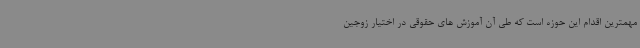
مهمترین اقدام این حوزه است که طی آن آموزش های حقوقی در اختیار زوجین